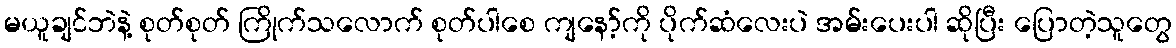
မယူချင်ဘဲနဲ့ စုတ်စုတ် ကြိုက်သလောက် စုတ်ပါစေ ကျနော့်ကို ပိုက်ဆံလေးပဲ အမ်းပေးပါ ဆိုပြီး ပြောတဲ့သူတွေ